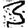
Digit: 3